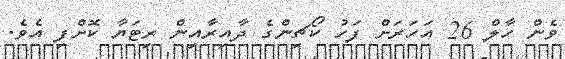
ވެން ހާލް 26 އަހަރަށް ފަހު ކޯޗިންގެ ދާއިރާއިން ރިޓަޔާ ކޮށްފި އެވެ.